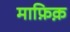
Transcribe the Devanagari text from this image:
माफ़िक़